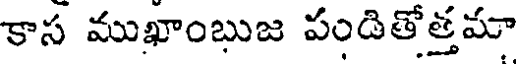
కాస ముఖాంబుజ పండితోత్తమా